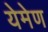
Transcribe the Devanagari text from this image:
येमेण